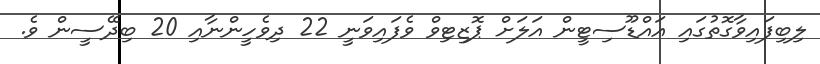
ލިބިފައިވާގޮތުގައި އައްޑޫސިޓީން އަލަށް ޕޮޒިޓިވް ވެފައިވަނީ 22 ދިވެހީންނާއި 20 ބިދޭސީން ވެ.